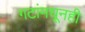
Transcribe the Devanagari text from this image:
गटांमधूनही